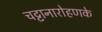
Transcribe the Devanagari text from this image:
चट्टानारोहणके